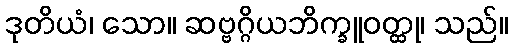
ဒုတိယံ၊ သော။ ဆဗ္ဗဂ္ဂိယဘိက္ခူဝတ္ထု၊ သည်။